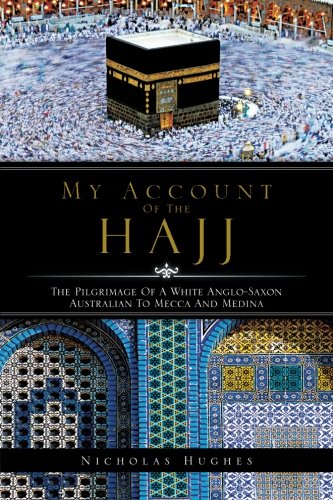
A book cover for MY ACCOUNT OF THE HAJJ: THE PILGRIMAGE OF A WHITE ANGLO-SAXON AUSTRALIAN TO MECCA AND MEDINA; Nicholas Hughes; Religion & Spirituality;